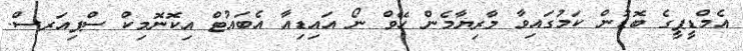
އެމްޑީޕީގެ ބޮޑުން ކަމުގައިވާ މާރިޔާމެން ހޭވް ނޯ އައިޑިއާ އެބައުޓް އިކޮނޮމިކް ސްޕިއަރސް.